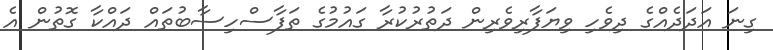
ގިނަ އަދަދެއްގެ ދިވެހި ވިޔަފާރިވެރިން ދަތުރުކުރާ ގައުމުގެ ތަފާސްހިސާބުތައް ދައްކާ ގޮތުން އެ